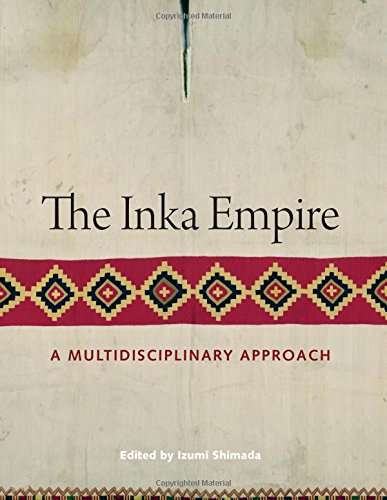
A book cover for The Inka Empire: A Multidisciplinary Approach (William and Bettye Nowlin Series in Art, History, and Cultur); History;